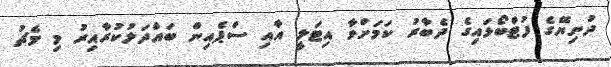
ދުނިޔޭގެ ފުޓްބޯޅައިގެ ދެބާރު ކަމަށްވާ އިޓަލީ އާއި ސްޕެއިން ބައްދަލުކުރާއިރު މި މެޗު